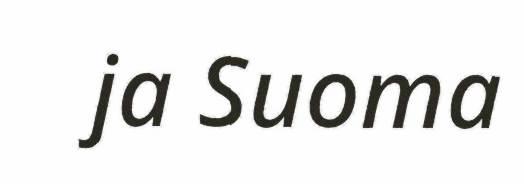
ja Suoma